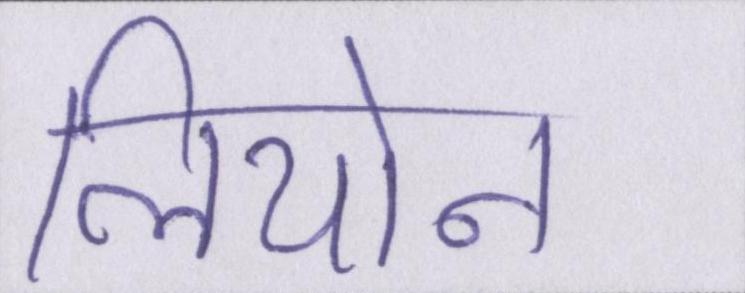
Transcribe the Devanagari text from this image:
लियोन